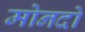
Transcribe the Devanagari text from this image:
मोनदो